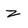
Character: Z